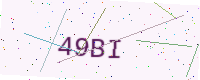
Text: 49BI